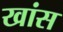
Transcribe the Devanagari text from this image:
खांस